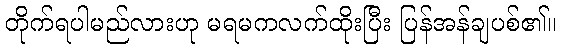
တိုက်ရပါမည်လားဟု မရမကလက်ထိုးပြီး ပြန်အန်ချပစ်၏။